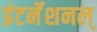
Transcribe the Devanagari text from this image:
इंटर्नॅशनल्